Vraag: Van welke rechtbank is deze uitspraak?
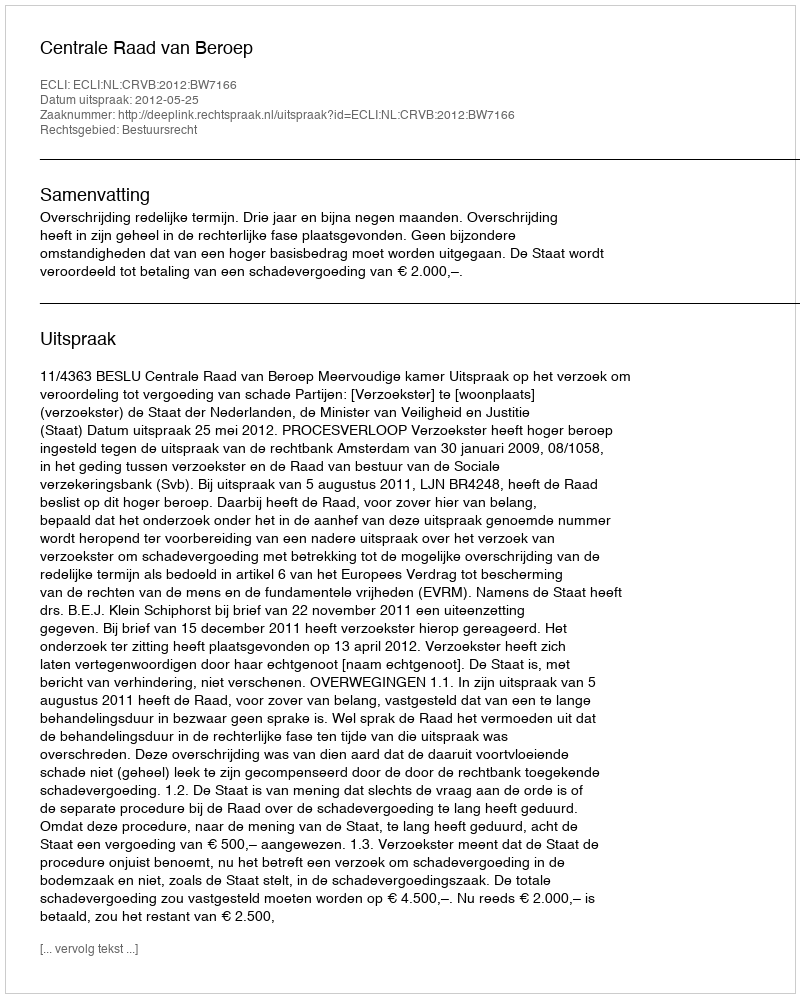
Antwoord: Centrale Raad van Beroep